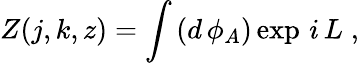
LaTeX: Z(j,k,z)=\int\, (d\, \phi_{A})\exp\, i\, L\; ,